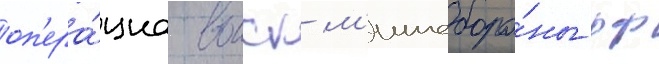
оп'ера́циа воиск м'иноборо́ны рф